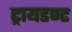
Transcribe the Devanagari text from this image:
ट्रायडण्ट